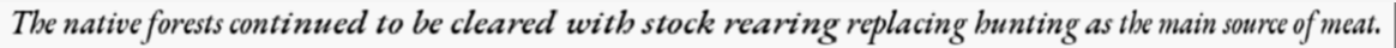
The native forests continued to be cleared with stock rearing replacing hunting as the main source of meat.